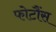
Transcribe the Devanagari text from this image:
फोटौंस